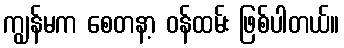
ကျွန်မက စေတနာ့ ဝန်ထမ်း ဖြစ်ပါတယ်။